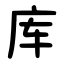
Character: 库